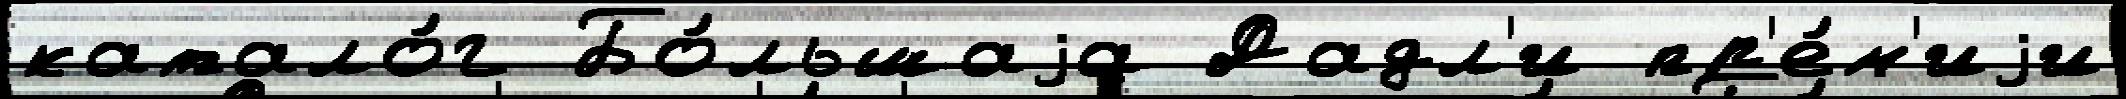
катало́г Бо́льшаjа Дадл'и пр'е́м'иjи